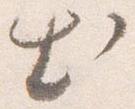
出